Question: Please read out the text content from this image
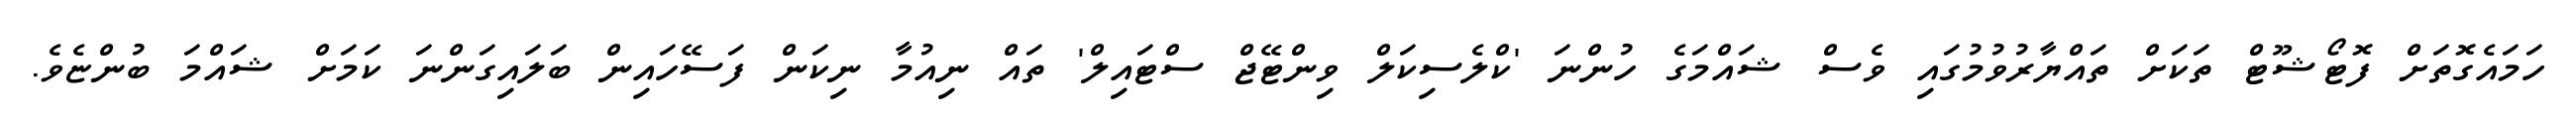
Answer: ހަމައެގޮތަށް ފޮޓޯޝޫޓް ތަކަށް ތައްޔާރުވުމުގައި ވެސް ޝައްމަގެ ހުންނަ 'ކްލެސިކަލް ވިންޓޭޖް ސްޓައިލް' ތައް ނިއުމާ ނިކަން ފަސޭހައިން ބަލައިގަންނަ ކަމަށް ޝައްމަ ބުންޏެވެ.